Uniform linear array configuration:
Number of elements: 32
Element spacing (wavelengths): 0.75
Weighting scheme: binomial
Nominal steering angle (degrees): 0
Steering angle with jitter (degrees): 1.838
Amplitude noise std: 0.05
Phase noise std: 0.05

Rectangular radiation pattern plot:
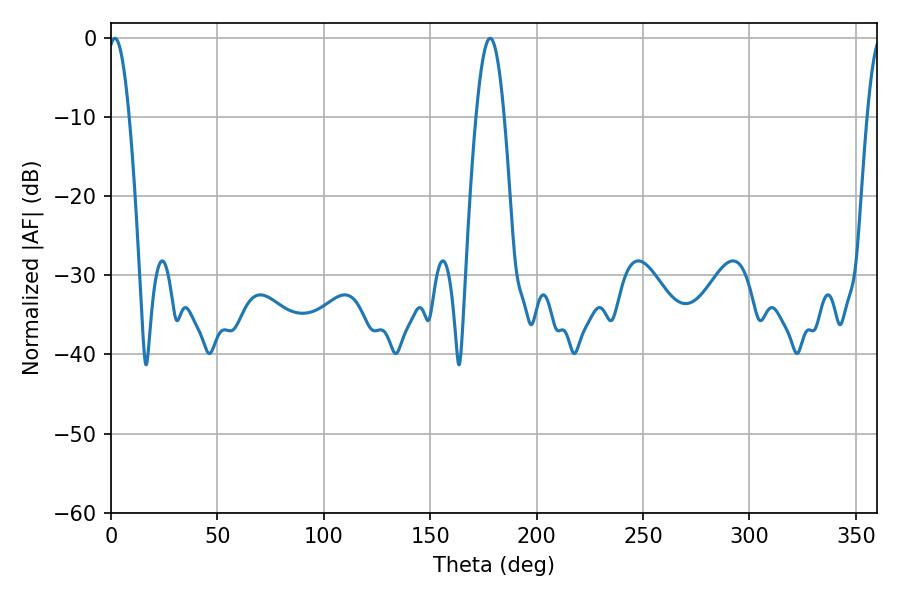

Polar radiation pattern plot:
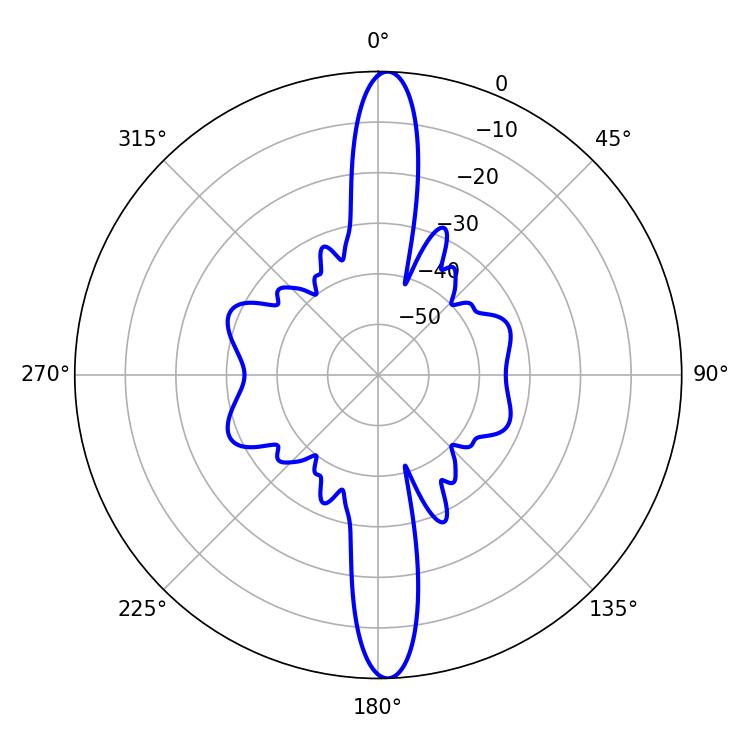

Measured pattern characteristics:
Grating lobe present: TRUE
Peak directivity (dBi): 23.801
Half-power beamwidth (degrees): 5.4
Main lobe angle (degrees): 1.8